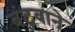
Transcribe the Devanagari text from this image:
बंटवाने